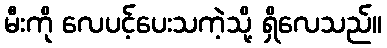
မီးကို လေပင့်ပေးသကဲ့သို့ ရှိလေသည်။